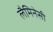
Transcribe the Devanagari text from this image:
लैमिनेसी